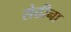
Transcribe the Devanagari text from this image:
सेठीना